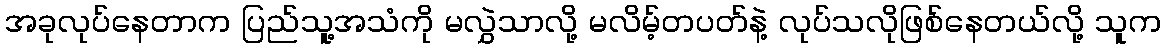
အခုလုပ်နေတာက ပြည်သူ့အသံကို မလွှဲသာလို့ မလိမ့်တပတ်နဲ့ လုပ်သလိုဖြစ်နေတယ်လို့ သူက